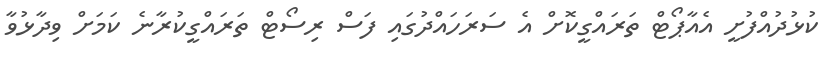
ކުޅުދުއްފުށީ އެއާޕޯޓް ތަރައްގީކޮށް އެ ސަރަަހައްދުގައި ފަސް ރިސޯޓް ތަަރައްގީކުރާނެ ކަމަށް ވިދާޅުވާ